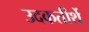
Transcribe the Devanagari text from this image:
उदकतीर्थे